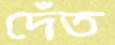
দেঁত